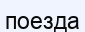
поезда